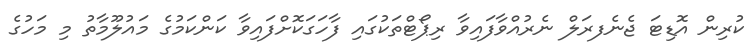
ކުރިން އޮޑިޓަ ޖެނެފރަލް ނެރުއްވާފައިވާ ރިޕޯޓްތަކުގައި ފާހަގަކޮށްފައިވާ ކަންކަމުގެ މައުލޫމާތު މި މަހުގެ